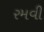
રમવી